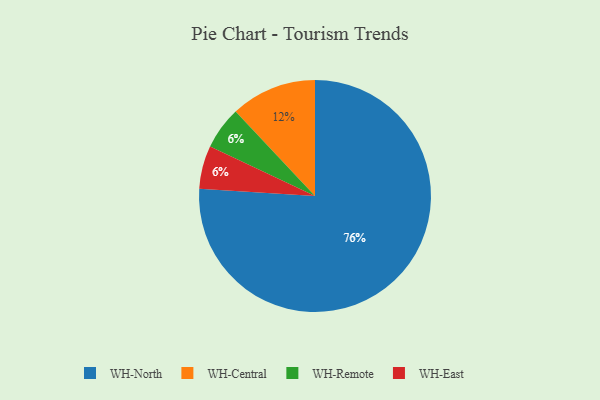
{"axis": {"x": "Category", "y": "Percentage"}, "legend": ["WH-Central", "WH-East", "WH-North", "WH-Remote"], "data": [{"x": "WH-Central", "y": 12, "type": "WH-Central"}, {"x": "WH-Remote", "y": 6, "type": "WH-Remote"}, {"x": "WH-East", "y": 6, "type": "WH-East"}, {"x": "WH-North", "y": 76, "type": "WH-North"}]}